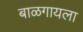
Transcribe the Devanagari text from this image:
बाळगायला